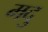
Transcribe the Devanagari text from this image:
मदु